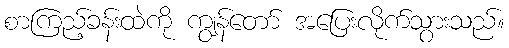
စာကြည့်ခန်းထဲကို ကျွန်တော် အပြေးလိုက်သွားသည်။